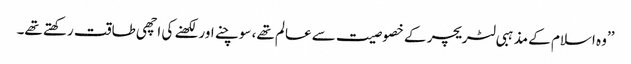
’’وہ اسلام کے مذہبی لٹریچر کے خصوصیت سے عالم تھے، سوچنے اور لکھنے کی اچھی طاقت رکھتے تھے۔